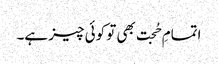
اتمامِ حُجت بھی تو کوئی چیز ہے۔